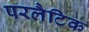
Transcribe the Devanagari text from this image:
परलैटिक